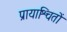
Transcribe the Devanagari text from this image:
प्रायाश्चितों